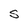
Character: S